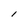
Character: l